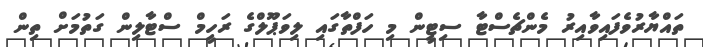
ތައްޔާރުވެފައިވާއިރު މެންޗެސްޓާ ސިޓީން މި ހަފްތާގައި ލިވަޕޫލްގެ ރަހީމް ސްޓާލިން ގަތުމަށް ތިން